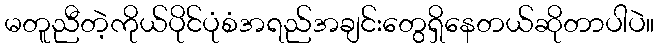
မတူညီတဲ့ကိုယ်ပိုင်ပုံစံအရည်အချင်းတွေရှိနေတယ်ဆိုတာပါပဲ။